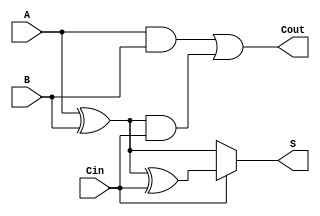
module ConditionalSumFullAdder (
    input  wire A,      // First significant bit
    input  wire B,      // Second significant bit
    input  wire Cin,    // Carry input
    output wire S,      // Sum output
    output wire Cout     // Carry output
);

// Internal signals for intermediate computations
wire S0;   // Sum without carry
wire S1;   // Sum with carry
wire C1;   // Carry generated by A and B
wire C2;   // Carry generated by (A XOR B) and Cin

// Compute intermediate sum values
assign S0 = A ^ B;           // S0 = A XOR B
assign S1 = S0 ^ Cin;        // S1 = S0 XOR Cin

// Determine final sum output based on Cin
assign S = (Cin) ? S1 : S0;  // S = S1 if Cin = 1, otherwise S = S0

// Generate carry conditions
assign C1 = A & B;                    // C1 = A AND B
assign C2 = S0 & Cin;                 // C2 = (A XOR B) AND Cin

// Determine final carry-out output
assign Cout = C1 | C2;               // Cout = C1 OR C2

endmodule